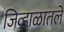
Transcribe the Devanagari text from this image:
जिव्हाळातले